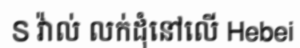
S វ៉ាល់ លក់ដុំនៅលើ Hebei